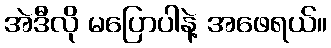
အဲဒီလို မပြောပါနဲ့ အဖေရယ်။